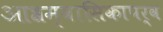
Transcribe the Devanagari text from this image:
आश्रम्वासिकापर्व